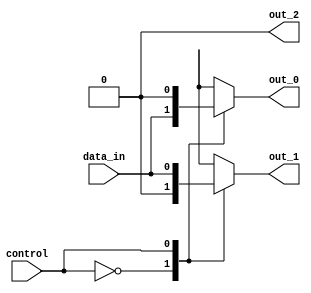
module demux(
    input data_in,
    input control,
    output reg out_0,
    output reg out_1,
    output reg out_2
);

always @(*)
begin
    case(control)
        3'b000: begin
            out_0 = data_in;
            out_1 = 1'b0;
            out_2 = 1'b0;
        end
        3'b001: begin
            out_0 = 1'b0;
            out_1 = data_in;
            out_2 = 1'b0;
        end
        3'b010: begin
            out_0 = 1'b0;
            out_1 = 1'b0;
            out_2 = data_in;
        end
        default: begin
            out_0 = 1'b0;
            out_1 = 1'b0;
            out_2 = 1'b0;
        end
    endcase
end

endmodule